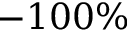
- 1 0 0 \%